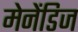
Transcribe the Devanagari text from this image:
मेनेंडिज